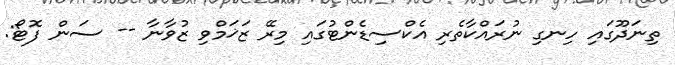
ތިނަދޫގައި ހިނގި ނުރައްކާތެރި އެކްސިޑެންޓުގައި މިރޭ ޒަޚަމްވި ޒުވާނާ -- ސަން ފޮޓޯ: